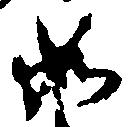
如